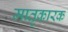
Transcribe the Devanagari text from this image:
मातृकारक